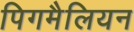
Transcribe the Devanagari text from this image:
पिगमैलियन